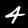
Label: 4